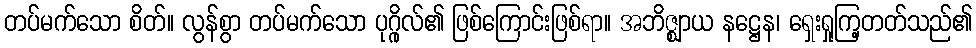
တပ်မက်သော စိတ်။ လွန်စွာ တပ်မက်သော ပုဂ္ဂိုလ်၏ ဖြစ်ကြောင်းဖြစ်ရာ။ အဘိဇ္ဈာယ နဋ္ဌေန၊ ရှေးရှုကြ့တတ်သည်၏